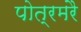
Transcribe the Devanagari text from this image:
पोत्रमरै